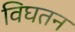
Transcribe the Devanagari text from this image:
विघतन